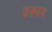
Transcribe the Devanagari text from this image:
ढक्कर